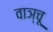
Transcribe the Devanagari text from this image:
वाञ्चू